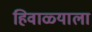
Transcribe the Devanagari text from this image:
हिवाळ्याला